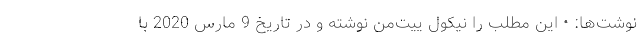
نوشت‌ها: • این مطلب را نیکول ییت‌من نوشته و در تاریخ 9 مارس 2020 با